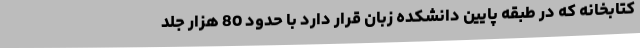
کتابخانه که در طبقه پایین دانشکده زبان قرار دارد با حدود 80 هزار جلد